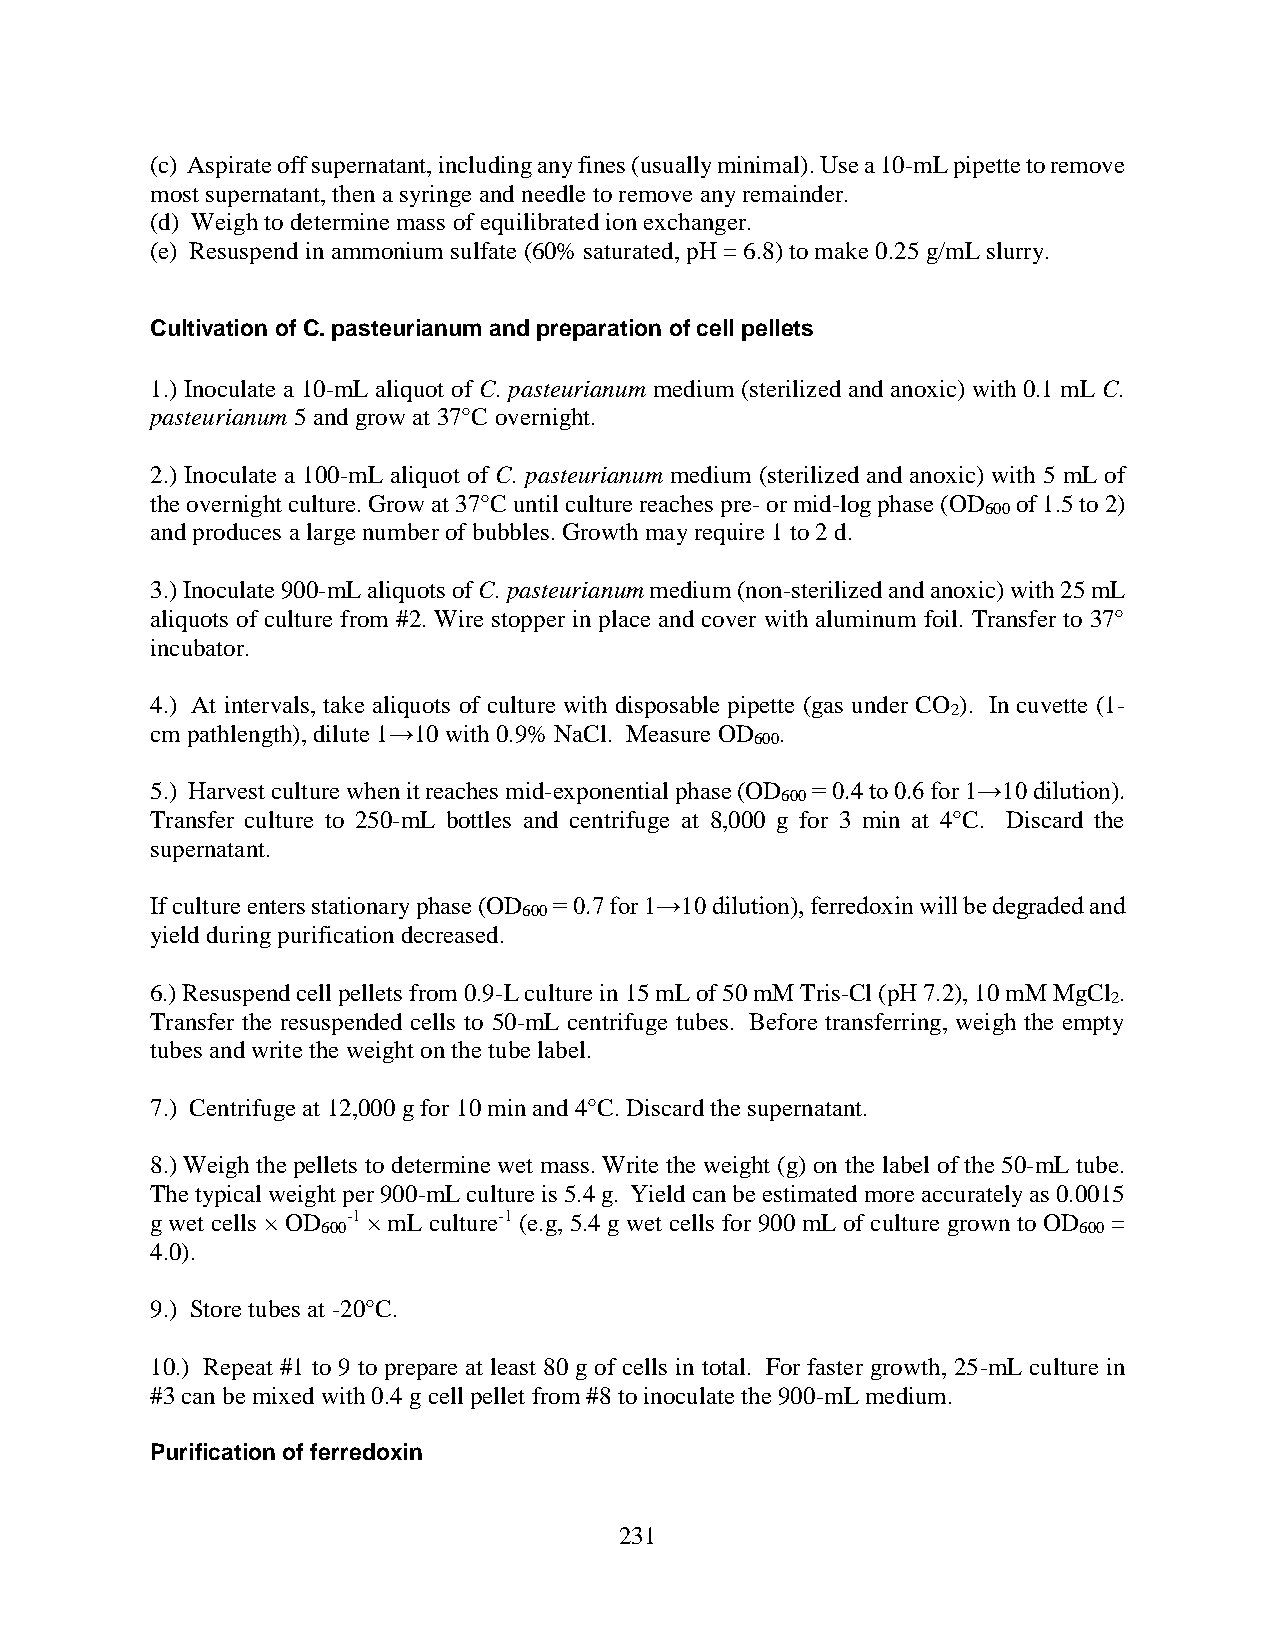
(c) Aspirate off supernatant, including any fines (usually minimal). Use a 10-mL pipette to remove
 most supernatant, then a syringe and needle to remove any remainder.
 (d) Weigh to determine mass of equilibrated ion exchanger.
 (e) Resuspend in ammonium sulfate (60% saturated, pH = 6.8) to make 0.25 g/mL slurry.
 Cultivation of C. pasteurianum and preparation of cell pellets
 1.) Inoculate a 10-mL aliquot of C. pasteurianum medium (sterilized and anoxic) with 0.1 mL C.
 pasteurianum 5 and grow at 37°C overnight.
 2.) Inoculate a 100-mL aliquot of C. pasteurianum medium (sterilized and anoxic) with 5 mL of
 the overnight culture. Grow at 37°C until culture reaches pre- or mid-log phase (OD of 1.5 to 2)
 600
 and produces a large number of bubbles. Growth may require 1 to 2 d.
 3.) Inoculate 900-mL aliquots of C. pasteurianum medium (non-sterilized and anoxic) with 25 mL
 aliquots of culture from #2. Wire stopper in place and cover with aluminum foil. Transfer to 37°
 incubator.
 4.) At intervals, take aliquots of culture with disposable pipette (gas under CO ). In cuvette (1-
 2
 cm pathlength), dilute 1→10 with 0.9% NaCl. Measure OD .
 600
 5.) Harvest culture when it reaches mid-exponential phase (OD = 0.4 to 0.6 for 1→10 dilution).
 600
 Transfer culture to 250-mL bottles and centrifuge at 8,000 g for 3 min at 4°C. Discard the
 supernatant.
 If culture enters stationary phase (OD = 0.7 for 1→10 dilution), ferredoxin will be degraded and
 600
 yield during purification decreased.
 6.) Resuspend cell pellets from 0.9-L culture in 15 mL of 50 mM Tris-Cl (pH 7.2), 10 mM MgCl .
 2
 Transfer the resuspended cells to 50-mL centrifuge tubes. Before transferring, weigh the empty
 tubes and write the weight on the tube label.
 7.) Centrifuge at 12,000 g for 10 min and 4°C. Discard the supernatant.
 8.) Weigh the pellets to determine wet mass. Write the weight (g) on the label of the 50-mL tube.
 The typical weight per 900-mL culture is 5.4 g. Yield can be estimated more accurately as 0.0015
 g wet cells × OD -1 × mL culture-1 (e.g, 5.4 g wet cells for 900 mL of culture grown to OD =
 600                                               600
 4.0).
 9.) Store tubes at -20°C.
 10.) Repeat #1 to 9 to prepare at least 80 g of cells in total. For faster growth, 25-mL culture in
 #3 can be mixed with 0.4 g cell pellet from #8 to inoculate the 900-mL medium.
 Purification of ferredoxin
 231